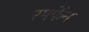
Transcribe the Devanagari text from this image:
स्मर्फेन